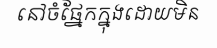
នៅចំផ្នែកក្នុងដោយមិន